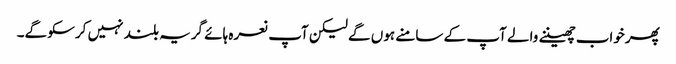
پھرخواب چھیننے والے آپ کے سامنے ہوں گے لیکن آپ نعرہ ہائے گریہ بلند نہیں کرسکو گے۔